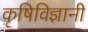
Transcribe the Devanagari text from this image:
कृषिविज्ञानी